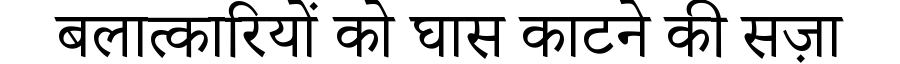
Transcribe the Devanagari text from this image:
बलात्कारियों को घास काटने की सज़ा